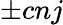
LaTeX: \pm cnj